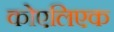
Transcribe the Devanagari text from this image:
कोएलिएक